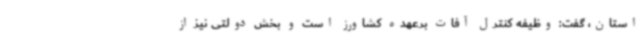
استان، گفت: وظیفه کنترل آفات برعهده کشاورز است و بخش دولتی نیز از